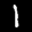
Label: 1